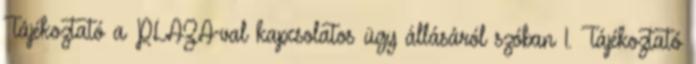
Tájékoztató a PLAZA-val kapcsolatos ügy állásáról szóban 1. Tájékoztató